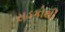
સડકોથી